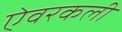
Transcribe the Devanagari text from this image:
ऐवरकली